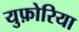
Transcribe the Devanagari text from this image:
युफ़ोरिया